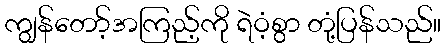
ကျွန်တော့်အကြည့်ကို ရဲဝံ့စွာ တုံ့ပြန်သည်။